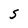
Character: S